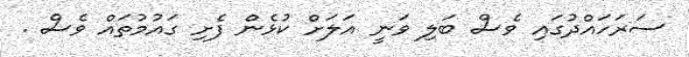
ސަރަހައްދުގައި ވެސް ބަލި ވަނީ އަލަށް ކުޅެން ފެށި ގައުމުތައް ވެސް .